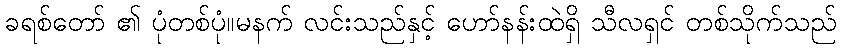
ခရစ်တော် ၏ ပုံတစ်ပုံ။မနက် လင်းသည်နှင့် ဟော်နန်းထဲရှိ သီလရှင် တစ်သိုက်သည်